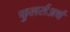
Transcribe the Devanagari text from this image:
फुलर्सअर्थ